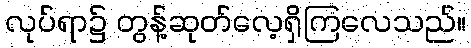
လုပ်ရာ၌ တွန့်ဆုတ်လေ့ရှိကြလေသည်။